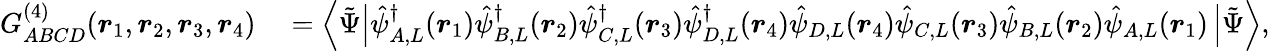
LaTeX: \begin{array}{rl}{G_{ABCD}^{(4)}(\boldsymbol{r}_{1},\boldsymbol{r}_{2},\boldsymbol{r}_{3},\boldsymbol{r}_{4})}&{{}=\left\langle\tilde{\Psi}\right|\hat{\psi}_{A,L}^{\dagger}(\boldsymbol{r}_{1})\hat{\psi}_{B,L}^{\dagger}(\boldsymbol{r}_{2})\hat{\psi}_{C,L}^{\dagger}(\boldsymbol{r}_{3})\hat{\psi}_{D,L}^{\dagger}(\boldsymbol{r}_{4})\hat{\psi}_{D,L}(\boldsymbol{r}_{4})\hat{\psi}_{C,L}(\boldsymbol{r}_{3})\hat{\psi}_{B,L}(\boldsymbol{r}_{2})\hat{\psi}_{A,L}(\boldsymbol{r}_{1})\left|\tilde{\Psi}\right\rangle,}\end{array}